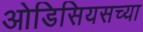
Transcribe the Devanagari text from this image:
ओडिसियसच्या